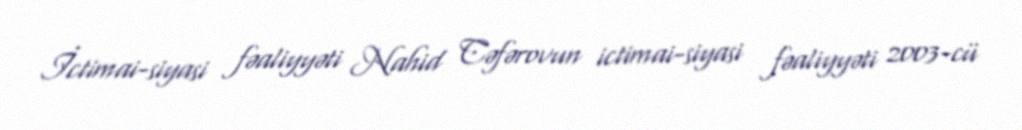
İctimai-siyasi fəaliyyəti Nahid Cəfərovun ictimai-siyasi fəaliyyəti 2003-cü